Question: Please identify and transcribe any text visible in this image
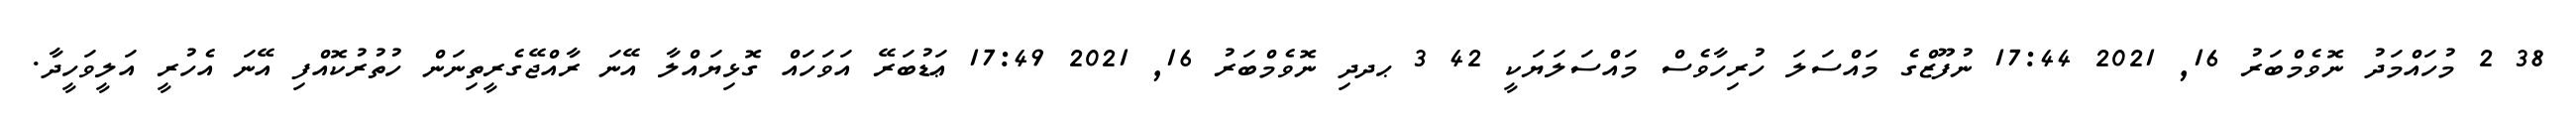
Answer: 38 2 މުހައްމަދު ނޮވެމްބަރު 16, 2021 17:44 ނުފޫޒްގެ މައްސަލަ ހުރިހާވެސް މައްސަލަޔަކީ 42 3 ޙދދި ނޮވެމްބަރު 16, 2021 17:49 ޢަޑުބަރޭ އަވަހައް ގޮޅިޔައްލާ އޭނަ ރާއްޖޭގެރީތިނަން ހުތުރުކޮއްފި އޭނަ އެހުރީ އަލީވަހީދާ.